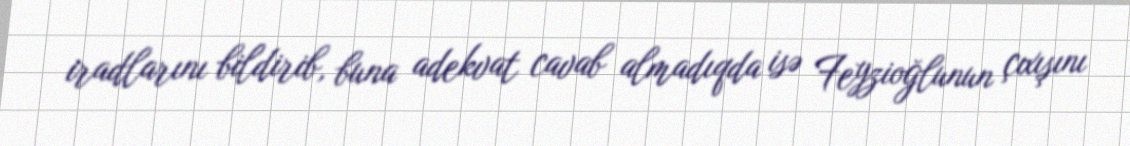
iradlarını bildirib, buna adekvat cavab almadıqda isə Feyzioğlunun çıxışını